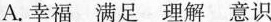
A. 幸福 满足 理解 意识